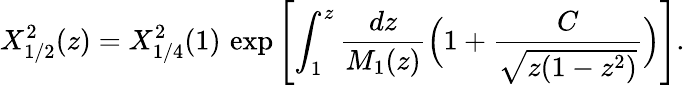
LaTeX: X_{1/2}^{2}(z)=X_{1/4}^{2}(1)\, \exp\left[\int_{1}^{z}{\frac{dz}{M_{1}(z)}}\Bigl(1+{\frac{C}{\sqrt{z(1-z^{2})}}}\Bigr)\right].